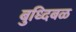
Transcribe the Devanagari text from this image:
बुध्दिबळ